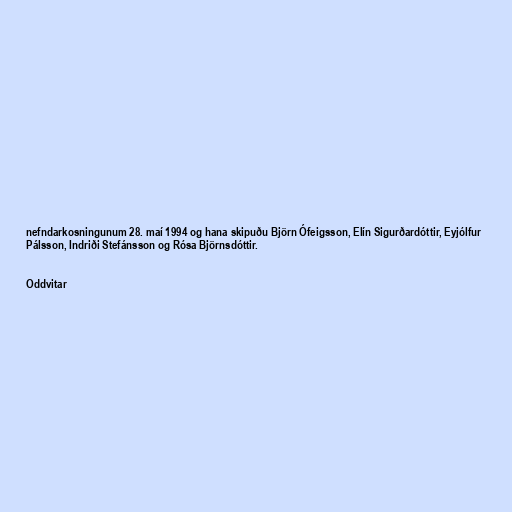
nefndarkosningunum 28. maí 1994 og hana skipuðu Björn Ófeigsson, Elín Sigurðardóttir, Eyjólfur
Pálsson, Indriði Stefánsson og Rósa Björnsdóttir.

Oddvitar